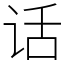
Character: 话